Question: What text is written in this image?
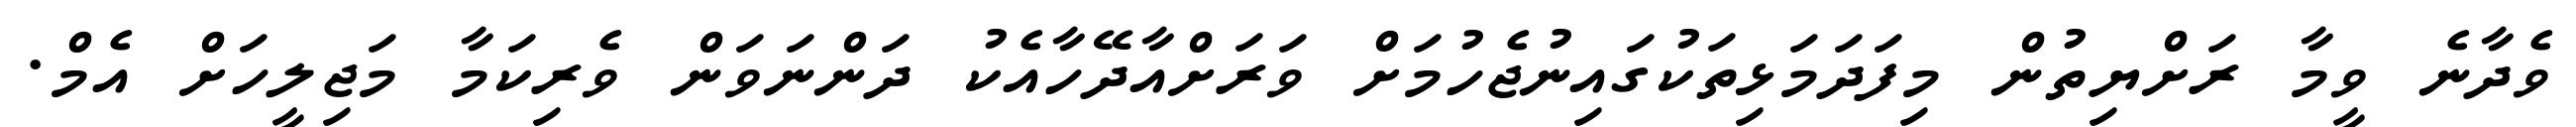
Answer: ވެދާނެ ވީމާ ރަށްޔިތުން މިފަދަމަޅިތަކުގައިނުޖެހުމަށް ވަރަށްއާދޭހާއެކު ދަންނަވަން ވެރިކަމާ މަޖިލީހަށް އެމް.